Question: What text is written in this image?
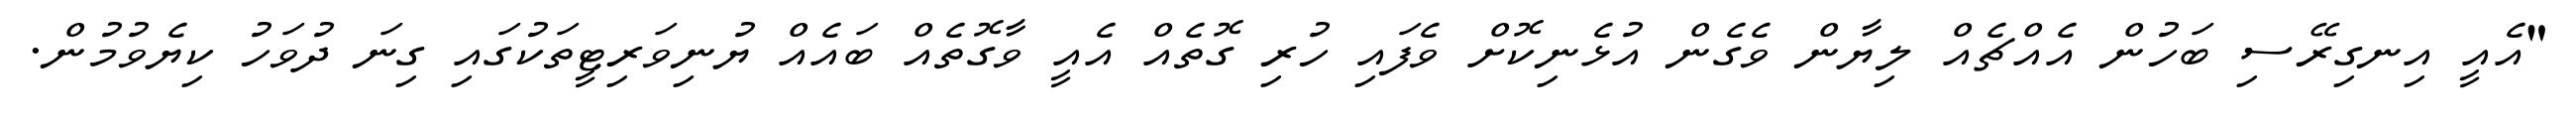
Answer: "އެއީ އިނގިރޭސި ބަހުން އެއްޗެއް ލިޔާން ވެގެން އުޅެނިކޮށް ވެފައި ހުރި ގޮތެއް އެއީ ވާގޮތެއް ބައެއް ޔުނިވަރިޓީތަކުގައި ގިނަ ދުވަހު ކިޔެވުމުން.